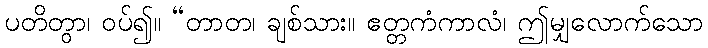
ပတိတွာ၊ ဝပ်၍။ “တာတ၊ ချစ်သား။ ဧတ္တကံကာလံ၊ ဤမျှလောက်သော